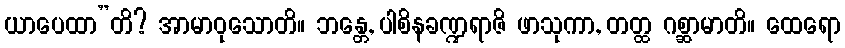
ယာပေထာ”တိ? အာမာဝုသောတိ။ ဘန္တေ, ပါစိနခဏ္ဍရာဇိ ဖာသုကာ, တတ္ထ ဂစ္ဆာမာတိ။ ထေရော